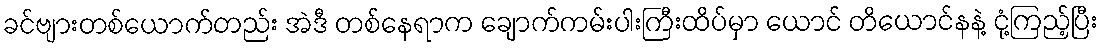
ခင်ဗျားတစ်ယောက်တည်း အဲဒီ တစ်နေရာက ချောက်ကမ်းပါးကြီးထိပ်မှာ ယောင် တိယောင်နနဲ့ ငုံ့ကြည့်ပြီး